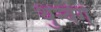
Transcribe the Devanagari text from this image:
थुन्बेर्ग